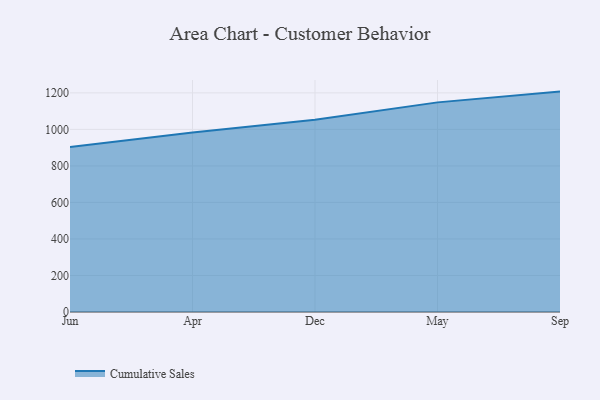
{"axis": {"x": "Month", "y": "Churn Rate (%)"}, "legend": ["Cumulative Sales"], "data": [{"x": "Jun", "y": 902.9, "type": "Cumulative Sales"}, {"x": "Apr", "y": 983.6, "type": "Cumulative Sales"}, {"x": "Dec", "y": 1052.6, "type": "Cumulative Sales"}, {"x": "May", "y": 1148.0, "type": "Cumulative Sales"}, {"x": "Sep", "y": 1207.0, "type": "Cumulative Sales"}]}